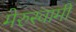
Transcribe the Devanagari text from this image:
मेरुस्वामी